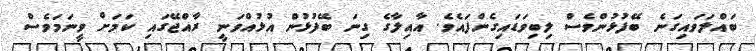
ބައްލަވައިގަނެ ބޭފުޅުންވެސް ލިބިވަޑައިގެންފައެވެ. އާއިލާގެ ގިނަ ބޭފުޅުން އުޅުއްވަނީ ރާއްޖޭގައި ކަމަށް ވީނަމަވެސް